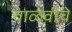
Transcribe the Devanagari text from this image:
वाळवीचे